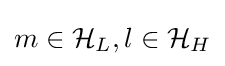
m\in {\mathcal {H}}_{L},l\in {\mathcal {H}}_{H}